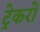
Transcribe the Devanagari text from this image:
ट्रेकरों